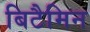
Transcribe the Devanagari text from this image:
बिटैमिन